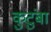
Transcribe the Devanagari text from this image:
कुटुंबा